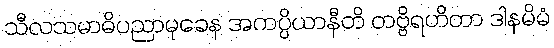
သီလသမာဓိပညာမုခေန အကပ္ပိယာနီတိ တဗ္ဗိရဟိတာ ဒါနမိမံ